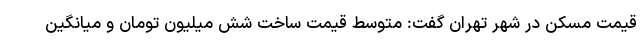
قیمت مسکن در شهر تهران گفت: متوسط قیمت ساخت شش میلیون تومان و میانگین